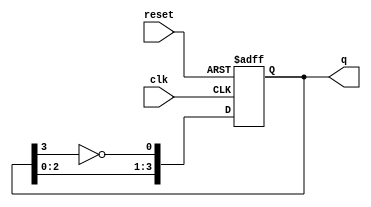
module johnson_counter #(parameter N = 4) (
    input wire clk,           // Clock input
    input wire reset,         // Asynchronous reset
    output reg [N-1:0] q      // Counter output
);

    // Always block triggered on the rising edge of the clock or reset
    always @(posedge clk or posedge reset) begin
        if (reset) begin
            // Reset the counter to all zeros
            q <= 0;
        end else begin
            // Johnson counter logic
            q <= {q[N-2:0], ~q[N-1]};
        end
    end

endmodule